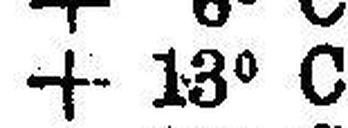
+13° C